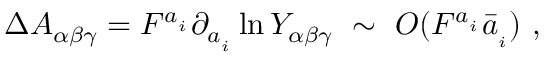
\Delta A _ { \alpha \beta \gamma } = F ^ { a _ { _ i } } \partial _ { a _ { _ i } } \ln Y _ { \alpha \beta \gamma } ~ \sim ~ { \cal O } ( F ^ { a _ { _ i } } \bar { a } _ { _ i } ) ~ ,